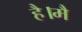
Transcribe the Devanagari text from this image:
है।मै